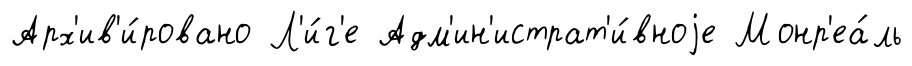
Арх'ив'и́ровано Л'и́г'е Адм'ин'истрат'и́вноjе Монр'еа́ль